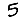
Digit: 5